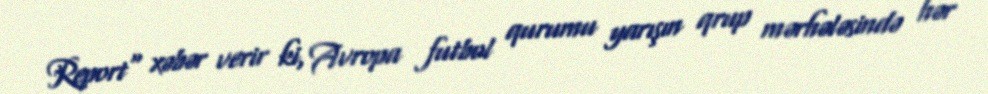
Report" xəbər verir ki, Avropa futbol qurumu yarışın qrup mərhələsində hər